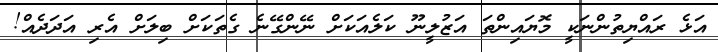
އަޅެ ރައްޔިތުންނަކީ މޮޔައިންތަ އަޒުލީނޫ ކަލެއަކަށް ނޭންގޭނެ ގެތަކަށް ބިލަށް އެރި އަދަދެއް!